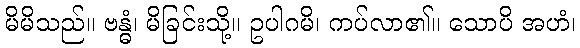
မိမိသည်။ ဗန္ဓံ၊ မိခြင်းသို့။ ဥပါဂမိ၊ ကပ်လာ၏။ သောပိ အဟံ၊